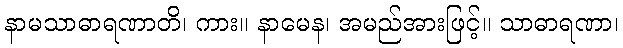
နာမသာဓာရဏာတိ၊ ကား။ နာမေန၊ အမည်အားဖြင့်။ သာဓာရဏာ၊